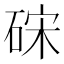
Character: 𥒬